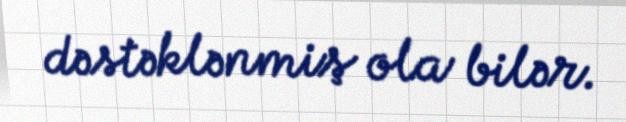
dəstəklənmiş ola bilər.